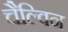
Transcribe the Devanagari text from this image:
चैल्विन